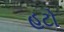
હટો